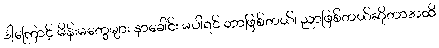
ဒါ့ကြောင့် မိန်းမတွေများ နှာခေါင်း မပါရင် ဘာဖြစ်တယ်၊ ညာဖြစ်တယ်ဆိုတာအထိ